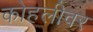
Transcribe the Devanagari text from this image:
कोहलीवर